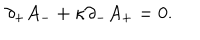
LaTeX: \partial _ { + } A _ { - } + \kappa \partial _ { - } A _ { + } = 0 .